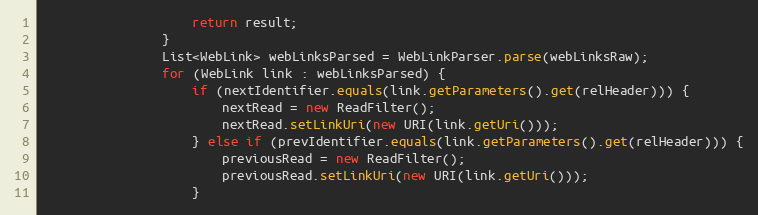
Language: Java
                    return result;
                }
                List<WebLink> webLinksParsed = WebLinkParser.parse(webLinksRaw);
                for (WebLink link : webLinksParsed) {
                    if (nextIdentifier.equals(link.getParameters().get(relHeader))) {
                        nextRead = new ReadFilter();
                        nextRead.setLinkUri(new URI(link.getUri()));
                    } else if (prevIdentifier.equals(link.getParameters().get(relHeader))) {
                        previousRead = new ReadFilter();
                        previousRead.setLinkUri(new URI(link.getUri()));
                    }